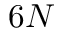
6 N